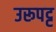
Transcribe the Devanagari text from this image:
उरूपट्ट